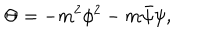
\Theta = - m ^ { 2 } \phi ^ { 2 } - m \bar { \psi } \psi ,